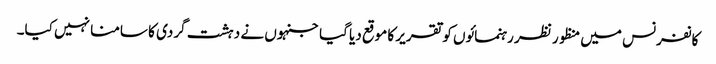
کانفرنس میں منظور نظر رہنمائوں کو تقریر کا موقع دیا گیا جنہوں نے دہشت گردی کا سامنا نہیں کیا۔